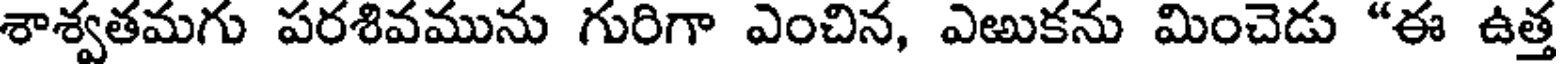
శాశ్వతమగు పరశివమును గురిగా ఎంచిన, ఎఱుకను మించెడు "ఈ ఉత్త